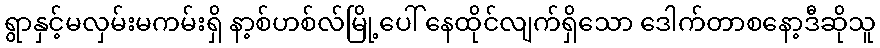
ရွာနှင့်မလှမ်းမကမ်းရှိ နာ့စ်ဟစ်လ်မြို့ပေါ် နေထိုင်လျက်ရှိသော ဒေါက်တာစနော့ဒီဆိုသူ